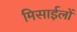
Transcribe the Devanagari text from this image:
मिसाईलों